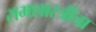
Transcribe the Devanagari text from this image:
रामशास्त्रींचा